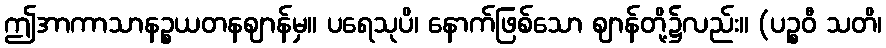
ဤအာကာသာနဉ္စယတနဈာန်မှ။ ပရေသုပိ၊ နောက်ဖြစ်သော ဈာန်တို့၌လည်း။ (ပဉ္စဝီ သတိ၊